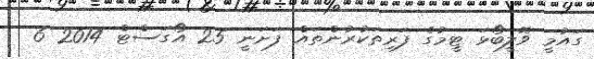
ގައުމީ ވޮލީބޯޅަ ޓީމުގެ ފަރިތަކުރުންތައް ފަށަނީ 25 އޯގަސްޓް 2014 6